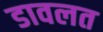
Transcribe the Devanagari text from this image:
डावलत